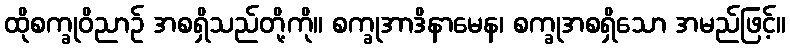
ထိုစက္ခုဝိညာဉ် အစရှိသည်တို့ကို။ စက္ခုအာဒိနာမေန၊ စက္ခုအစရှိသော အမည်ဖြင့်။